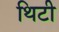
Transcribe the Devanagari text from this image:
थिटी